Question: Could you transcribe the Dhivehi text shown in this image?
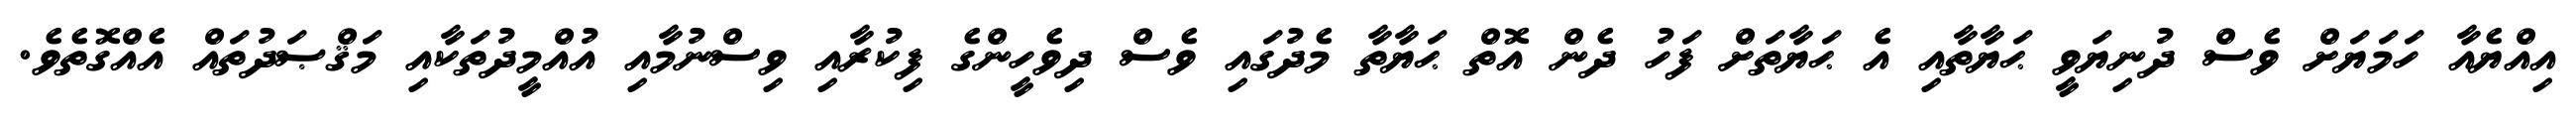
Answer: އިއްޔެއާ ހަމަޔަށް ވެސް ދުނިޔަވީ ޙަޔާތާއި އެ ޙަޔާތަށް ފަހު ދެން އޮތް ޙަޔާތާ މެދުގައި ވެސް ދިވެހީންގެ ފިކުރާއި ވިސްނުމާއި އުއްމީދުތަކާއި މަޤްޞަދުތައް އެއްގޮތެވެ.